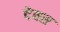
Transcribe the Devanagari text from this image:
देवस